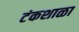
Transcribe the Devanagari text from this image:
टंकशाळा